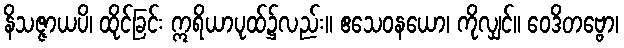
နိသဇ္ဇာယပိ၊ ထိုင်ခြင်း ဣရိယာပုထ်၌လည်း။ ဧသေဝနယော၊ ကိုလျှင်။ ဝေဒိတဗ္ဗော၊